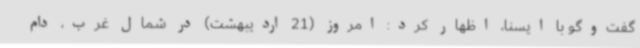
گفت‌وگو با ایسنا، اظهار کرد: امروز (21 اردیبهشت) در شمال غرب، دام